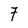
Character: 7